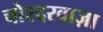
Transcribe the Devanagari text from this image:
चोरदरवाज़ा